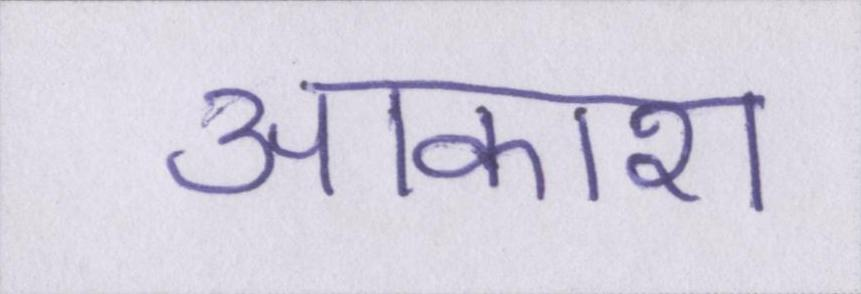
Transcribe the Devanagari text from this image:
आकाश